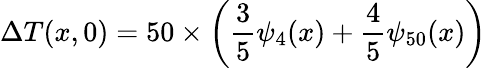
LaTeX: \Delta{T}(x,0)=50\times\left(\frac{3}{5}\psi_{4}(x)+\frac{4}{5}\psi_{50}(x)\right)